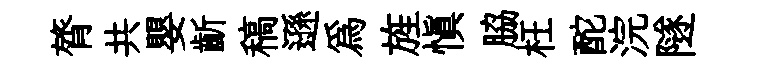
膂共嬰齗稿遜為旌愼脇枉酡浣隧